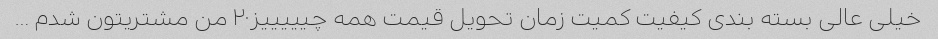
خیلی عالی بسته بندی کیفیت کمیت زمان تحویل قیمت همه چیییییز۲۰ من مشتریتون شدم …